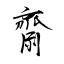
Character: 齋